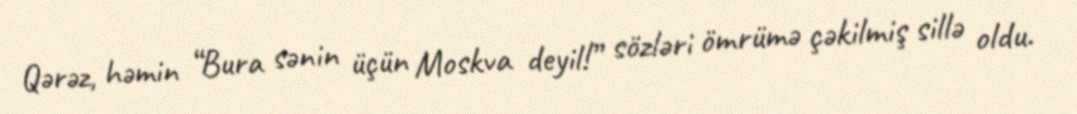
Qərəz, həmin “Bura sənin üçün Moskva deyil!” sözləri ömrümə çəkilmiş sillə oldu.